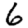
Digit: 6